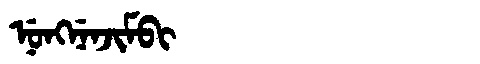
Manchu: ᠨᡠᠩᠨᡝᠨᠵᡳᠮᠪᡳ
Romanization: NUNGNENJIMBI